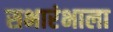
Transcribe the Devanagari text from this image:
सभारंभाला